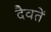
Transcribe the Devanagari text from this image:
दैवतें